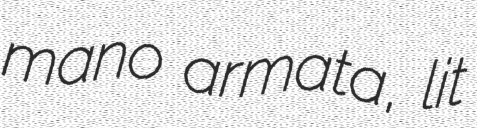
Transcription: mano armata, lit